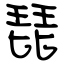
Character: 琵